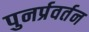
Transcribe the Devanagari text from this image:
पुनर्प्रवर्तन